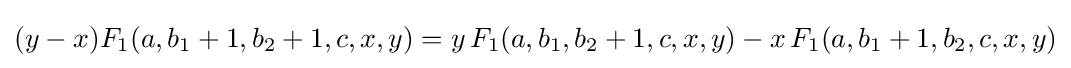
(y-x)F_{1}(a,b_{1}+1,b_{2}+1,c,x,y)=y\,F_{1}(a,b_{1},b_{2}+1,c,x,y)-x\,F_{1}(a,b_{1}+1,b_{2},c,x,y)